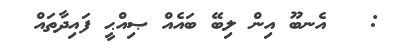
:   އެނބޫ އިން ލިބޭ ބައެއް ޞިއްޙީ ފައިދާތައް